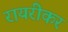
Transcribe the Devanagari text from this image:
रायरीकर